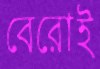
বেরোই